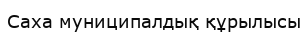
Саха муниципалдық құрылысы